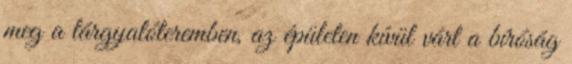
meg a tárgyalóteremben, az épületen kívül várt a bíróság